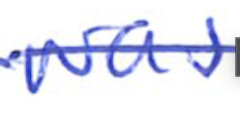
Text: was
Cross-out: single-line
Writing tool: ballpoint